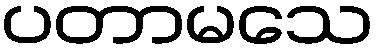
ပတာမသေ